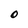
Character: O